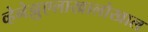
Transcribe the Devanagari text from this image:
व्हेनेझुएलाखालोखाल